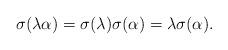
LaTeX: \begin{align*}\sigma(\lambda\alpha)=\sigma(\lambda)\sigma(\alpha)=\lambda\sigma(\alpha).\end{align*}